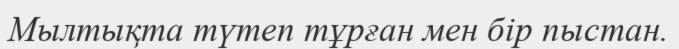
Мылтықта түтеп тұрған мен бір пыстан.